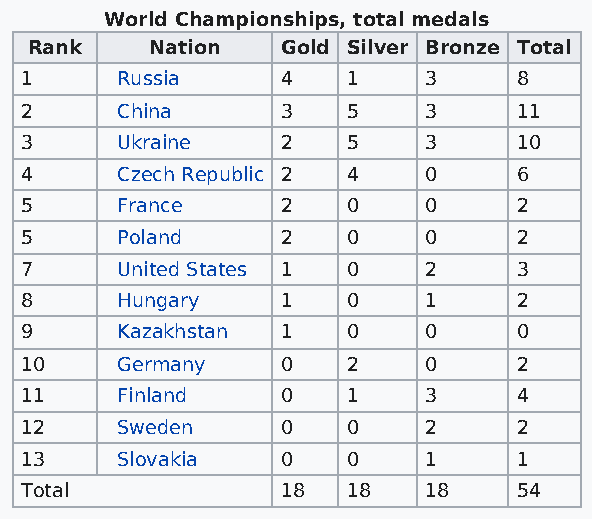
World Championships, total medals
 Rank    Nation   Gold Silver Bronze Total
 1      Russia     4   1    3     8
 2      China      3   5    3     11
 3      Ukraine    2   5    3     10
 4      Czech Republic 2 4  0     6
 5      France     2   0    0     2
 5      Poland     2   0    0     2
 7      United States 1 0   2     3
 8      Hungary    1   0    1     2
 9      Kazakhstan 1   0    0     0
 10     Germany    0   2    0     2
 11     Finland    0   1    3     4
 12     Sweden     0   0    2     2
 13     Slovakia   0   0    1     1
 Total             18  18   18    54